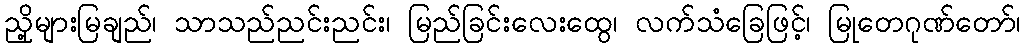
ညှို့များမြချည်၊ သာသည်ညင်းညင်း၊ မြည်ခြင်းလေးထွေ၊ လက်သံခြေဖြင့်၊ မြုတေဂုဏ်တော်၊